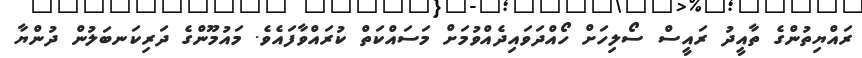
ރައްޔިތުންގެ ތާއީދު ރައީސް ސޯލިހަށް ހޯއްދަވައިދެއްވުމަށް މަސައްކަތް ކުރައްވާފައެވެ. މައުމޫންގެ ދަރިކަނބަލުން ދުންޔާ